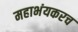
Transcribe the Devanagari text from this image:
महाभंयकरच